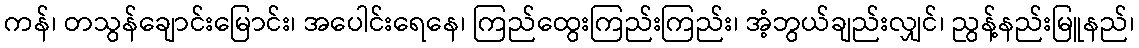
ကန်၊ တသွန်ချောင်းမြောင်း၊ အပေါင်းရေနေ၊ ကြည်ထွေးကြည်းကြည်း၊ အံ့ဘွယ်ချည်းလျှင်၊ ညွန့်နည်းမြူနည်၊